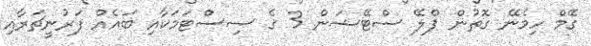
ގޭމް ހިމެނޭ ގޮތުން ޕްލޭ ސްޓޭޝަން 3 ގެ ސިސްޓަމަކާއި ބައެއް ފަރުނީޗަރާއި